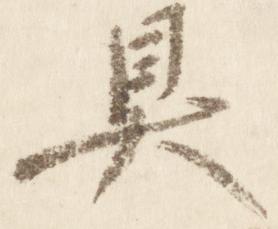
具